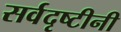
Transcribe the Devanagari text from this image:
सर्वदृष्टीनी